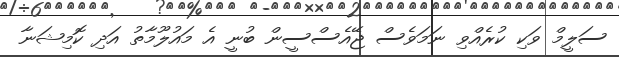
ސަލީމް ވަކި ކުރެއްވި ނަމަވެސް ޖޭއެސްސީން ބުނީ އެ މައުލޫމާތު އަދި ކޮމިޝަނާ